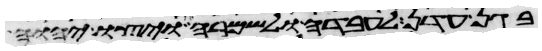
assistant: בגן עדן לעבדה ולשמרה ויצו יהוה